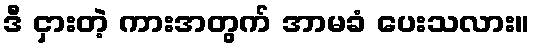
ဒီ ငှားတဲ့ ကားအတွက် အာမခံ ပေးသလား။